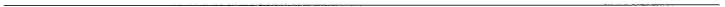
___